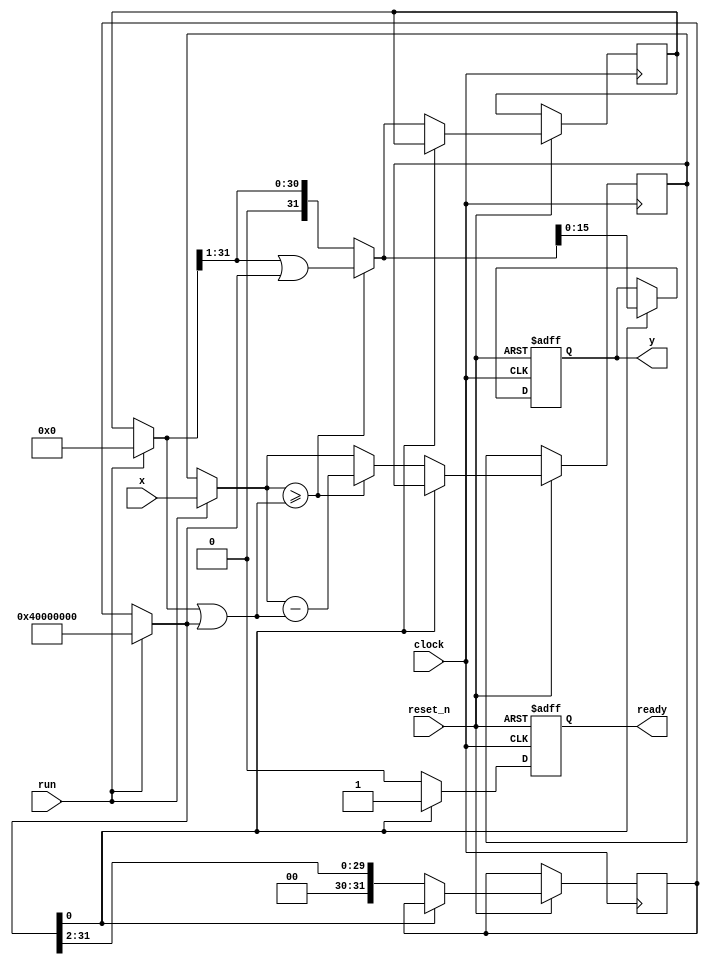
// sequential

module isqrt
(
    input             clock,
    input             reset_n,
    input             run,
    input      [31:0] x,
    output reg        ready,
    output reg [15:0] y
);

    reg [31:0] m,  r_m;
    reg [31:0] tx, r_tx;
    reg [31:0] ty, r_ty;
    reg [31:0] b,  r_b;

    reg new_ready;

    always @*
    begin
        if (run)
        begin
            m  = 31'h4000_0000;
            tx = x;
            ty = 0;
        end
        else
        begin
            m  = r_m;
            tx = r_tx;
            ty = r_ty;
        end
    
        b  = ty |  m;
        ty = ty >> 1;
            
        if (tx >= b)
        begin
            tx = tx - b;
            ty = ty | m;
        end

        new_ready = m [0];
            
        m = m >> 2;
    end

    always @(posedge clock or negedge reset_n)
    begin
        if (! reset_n)
        begin
            ready <= 0;
            y     <= 0;
        end
        else if (new_ready)
        begin
            ready <= 1;
            y     <= ty [15:0];
        end
        else
        begin
            ready <= 0;

            r_m   <= m;
            r_tx  <= tx;
            r_ty  <= ty;
            r_b   <= b;

        end
    end

endmodule